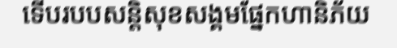
ទើបរបបសន្តិសុខសង្គមផ្នែកហានិភ័យ